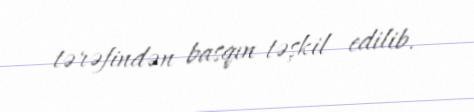
tərəfindən basqın təşkil edilib.